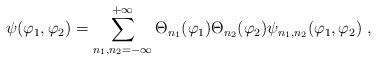
LaTeX: \begin{align*}\psi(\varphi_{1},\varphi_{2}) =\sum_{n_{1},n_{2} = - \infty}^{+ \infty} \Theta_{n_{1}}(\varphi_{1})\Theta_{n_{2}}(\varphi_{2}) \psi_{n_{1},n_{2}}(\varphi_{1},\varphi_{2}) \ ,\end{align*}